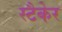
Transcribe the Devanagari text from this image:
स्टैकेर